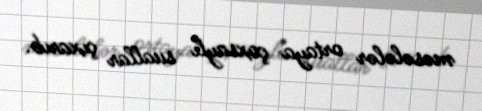
məsələlər ortaya çoxsaylı suallar çıxarıb.